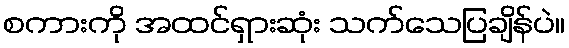
စကားကို အထင်ရှားဆုံး သက်သေပြချိန်ပဲ။